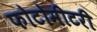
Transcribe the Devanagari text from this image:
फोटोमीटरी